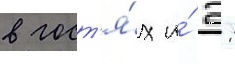
в гост'я́х и́ 2: